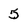
Character: 5